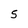
Character: S